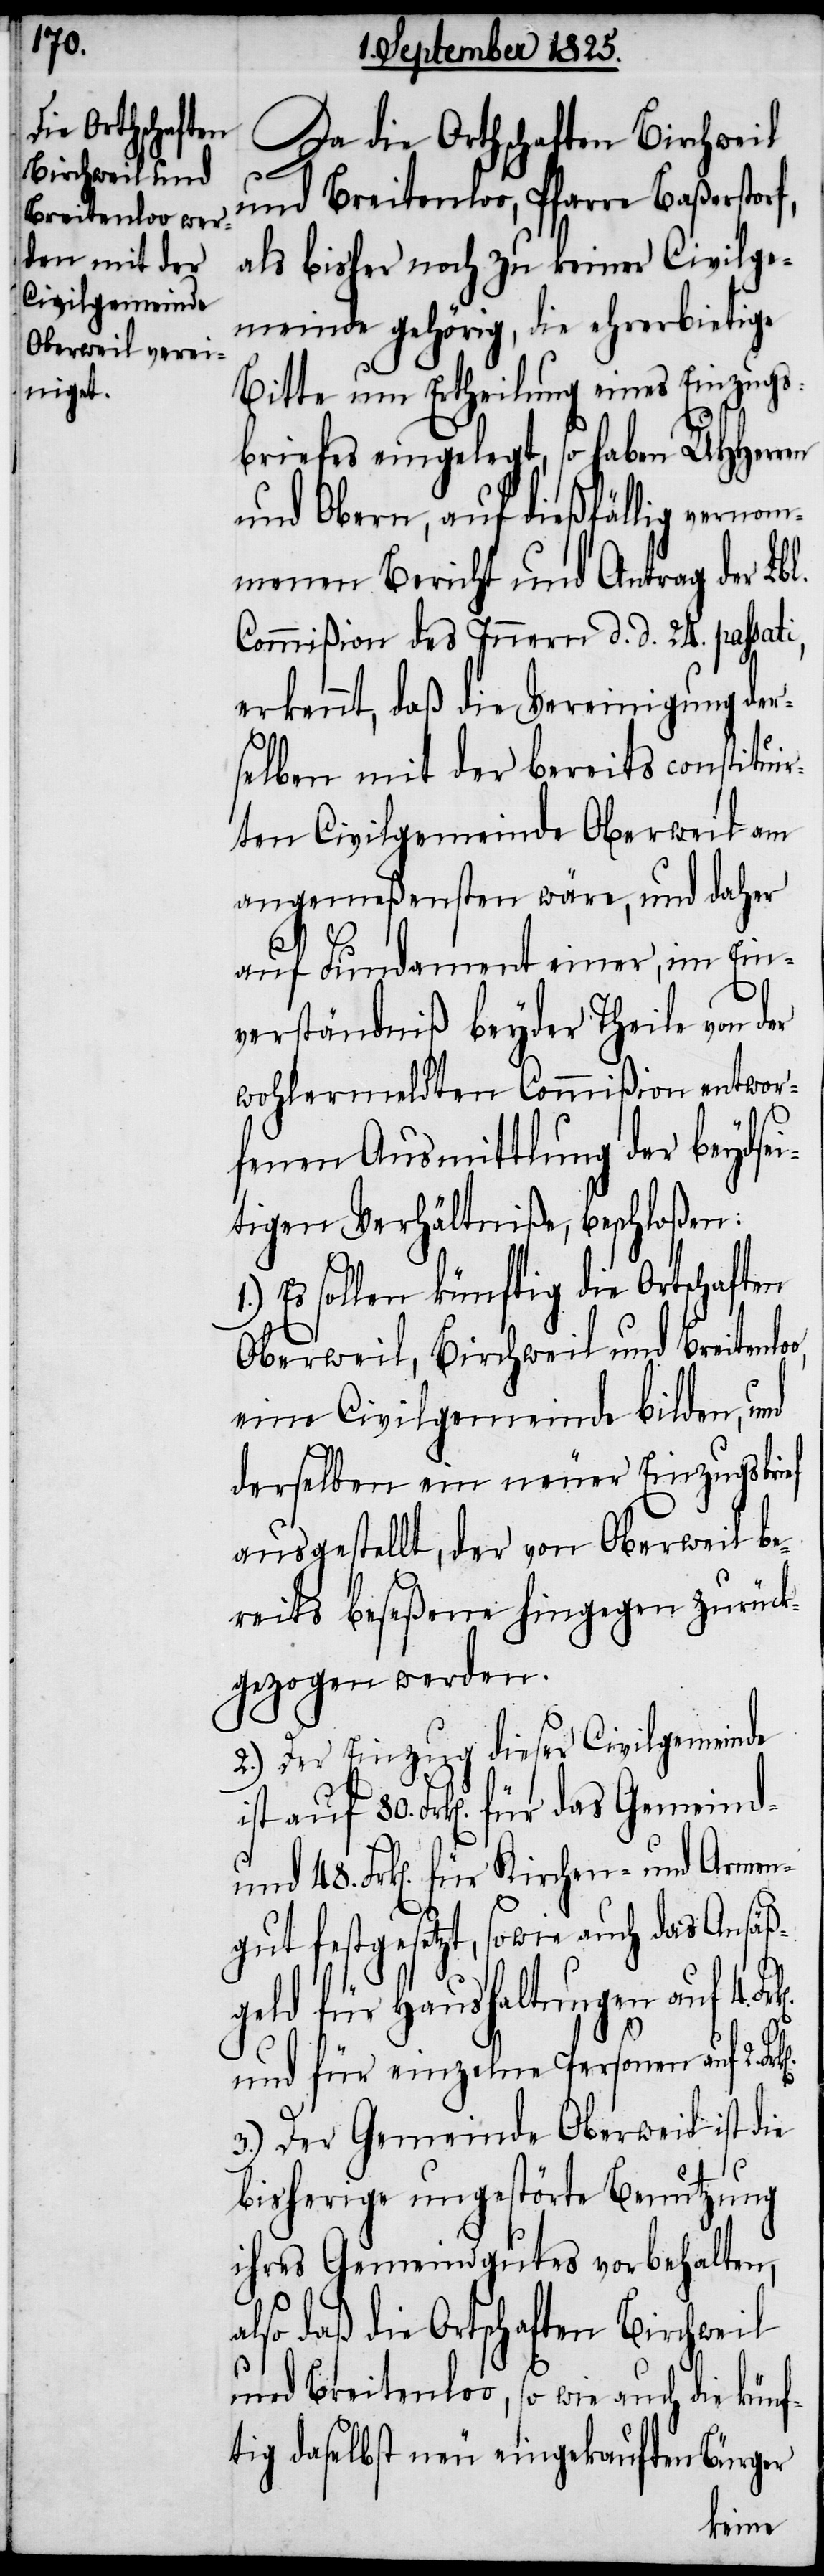
Da die Ortschaften Birchweil
und Breitenloo, Pfarre Baßerstor¬
als bisher noch zu keiner Civilge¬
meinde gehörig, die ehrerbietige
Bitte um Ertheilung eines Einzugs¬
briefes eingelegt, so haben UHHerren
und Obern, auf dießfällig vernom¬
menen Bericht und Antrag der Lbl.
Commißion des Innern d. d. 24. passati,
erkennt, daß die Vereinigung der¬
selben mit der bereits constituir¬
ten Civilgemeinde Oberweil am
angemeßensten wäre, und daher
80.
auf Fundament einer, im Ein¬
verständniß beyder Theile von der
wohlermeldten Commißion entwor¬
fenen Ausmittlung der beydse¬
itigen Verhältniße beschloßen:
Es sollen künftig die Ortschaften
Oberweil, Birchweil und Breitenlo¬
eine Civilgemeinde bilden, und
derselben ein neuer Einzugsbrief
ausgestellt, der von Oberweil be¬
reits beseßene hingegen zurück¬
gezogen werden.
2.) Der Einzug dieser Civilgemeinde
und 48. Frk[en]. für Kirchen- und Armen¬
gut festgesetzt, sowie auch das Ansäß¬
geld für Haushaltungen auf 4.
und für einzelne Personen auf 2.
3.) Der Gemeinde Oberweil ist die
bisherige ungestörte Benutzung
ihres Gemeindgutes vorbehalten,
also daß die Ortschaften Birchweil
und Breitenloo, so wie auch die künf¬
tig daselbst neu eingekauften Bürger